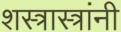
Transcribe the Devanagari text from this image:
शस्त्रास्त्रांनी